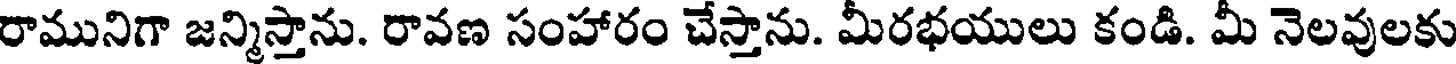
రామునిగా జన్మిస్తాను. రావణ సంహారం చేస్తాను. మీరభయులు కండి. మీ నెలవులకు